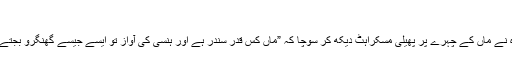
“
ستارہ نے ماں کے چہرے پر پھیلی مسکراہٹ دیکھ کر سوچا کہ ”ماں کس قدر سندر ہے اور ہنسی کی آواز تو ایسے جیسے گھنگرو بجتے ہوں۔